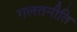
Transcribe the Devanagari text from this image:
गलतनीति